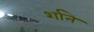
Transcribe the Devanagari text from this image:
र्शाने